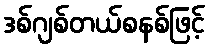
ဒစ်ဂျစ်တယ်စနစ်ဖြင့်